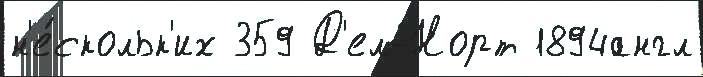
н'е́скольк'их 359 Д'ел-Норт 1894англ